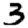
Digit: 3